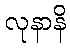
လုနာနိ